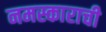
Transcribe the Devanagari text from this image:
नमस्काराची